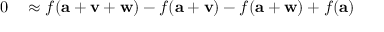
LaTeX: \begin{array} { r l } { 0 } & { { } \approx f ( \mathbf { a } + \mathbf { v } + \mathbf { w } ) - f ( \mathbf { a } + \mathbf { v } ) - f ( \mathbf { a } + \mathbf { w } ) + f ( \mathbf { a } ) } \end{array}